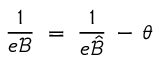
\frac { 1 } { e { \mathcal B } } \; = \; \frac { 1 } { e { \hat { \mathcal B } } } \, - \, \theta